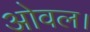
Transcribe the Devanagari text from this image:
ओवल।